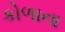
કોળાના